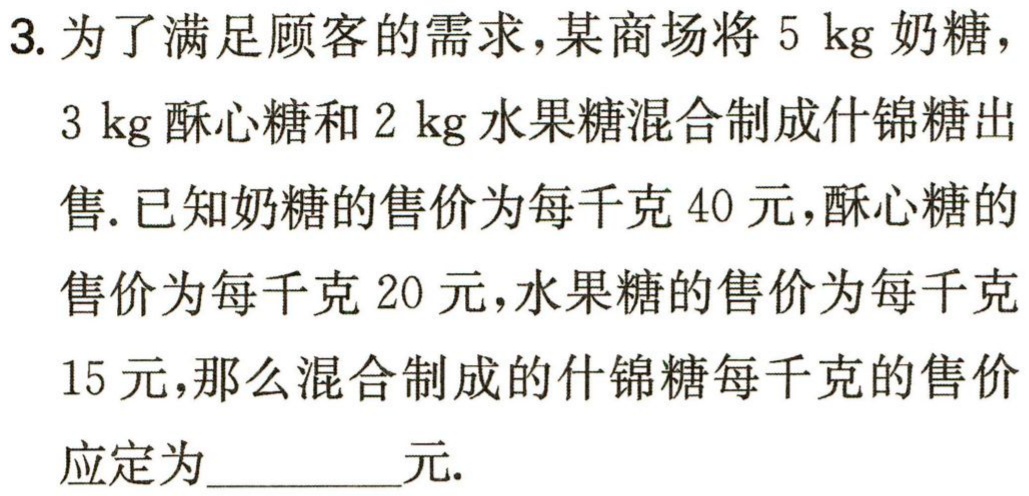
3. 为了满足顾客的需求，某商场将\(5\ \mathrm{kg}\)奶糖，\(3\ \mathrm{kg}\)酥心糖和\(2\ \mathrm{kg}\)水果糖混合制成什锦糖出售. 已知奶糖的售价为每千克\(40\)元，酥心糖的售价为每千克\(20\)元，水果糖的售价为每千克\(15\)元，那么混合制成的什锦糖每千克的售价应定为_________元.